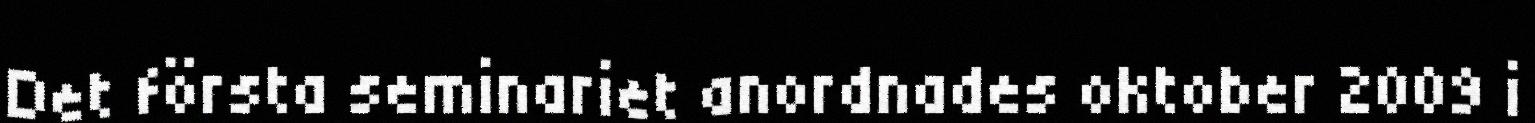
Det första seminariet anordnades oktober 2009 i